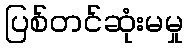
ပြစ်တင်ဆုံးမမှု